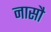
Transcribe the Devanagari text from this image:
नासौ